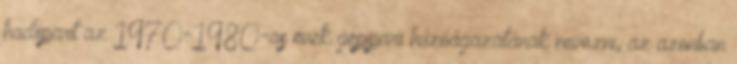
hadiipart az 1970-1980-as évek gépipari húzóágazatának nevezni, az azonban